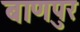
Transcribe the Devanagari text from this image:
बाणपुर